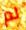
لم